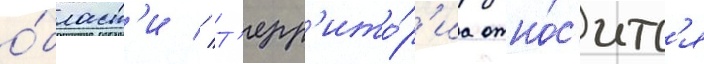
о́бласт'и // Т'ерр'ито́р'иа отно́с'итс'я